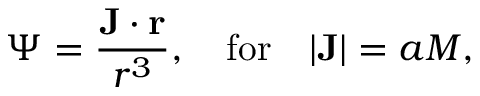
\Psi = \frac { \mathbf { J } \cdot \mathbf { r } } { r ^ { 3 } } , \quad \mathrm { f o r } \quad | \mathbf { J } | = a M ,